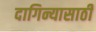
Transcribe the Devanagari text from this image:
दागिन्यासाठी